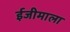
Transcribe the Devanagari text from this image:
ईजीमाला